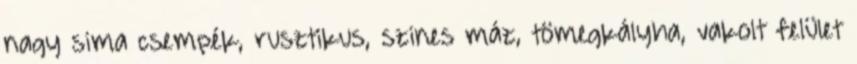
nagy sima csempék, rusztikus, szines máz, tömegkályha, vakolt felület